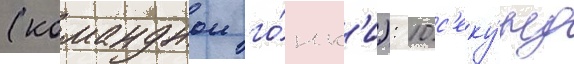
(команднои го́нк'и): 10 с'еку́нд